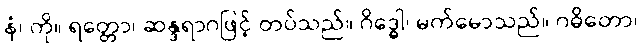
နံ၊ ကို။ ရတ္တော၊ ဆန္ဒရာဂဖြင့် တပ်သည်။ ဂိဒ္ဓေါ၊ မက်မောသည်။ ဂဓိတော၊